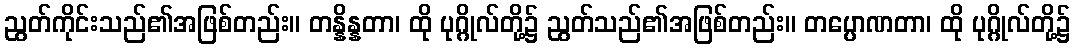
ညွတ်ကိုင်းသည်၏အဖြစ်တည်း။ တန္နိန္နတာ၊ ထို ပုဂ္ဂိုလ်တို့၌ ညွတ်သည်၏အဖြစ်တည်း။ တပ္ပောဏတာ၊ ထို ပုဂ္ဂိုလ်တို့၌